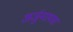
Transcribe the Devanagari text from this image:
अर्जुनरायसा